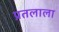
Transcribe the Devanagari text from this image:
प्रतलाला